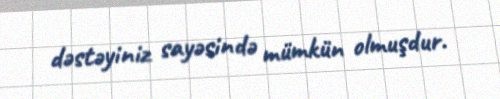
dəstəyiniz sayəsində mümkün olmuşdur.